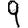
Digit: 9